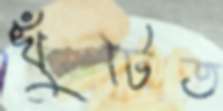
খুঁটিত